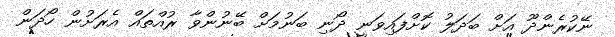
ނޭކުރެންދޫ އަށް ބަދަލު ކޮށްފައިވަނީ ދޯނި ބަނުމަށް ބޭނުންވާ ރުއްތައް އެރަށުން ހޯދަން